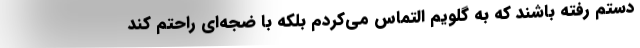
دستم رفته باشند که به گلویم التماس می‌کردم بلکه با ضجه‌ای راحتم کند